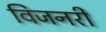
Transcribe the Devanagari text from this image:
विजनरी